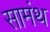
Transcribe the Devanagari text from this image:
सामंथ